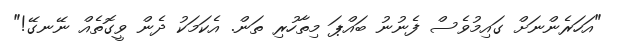
"އަހަރެންނަށް ގައިމުވެސް ފެނުނު ބައްޕަ މިތާހުރި ތަން. އެކަމަކު ދެން ވީގޮތެއް ނޭނގޭ!"